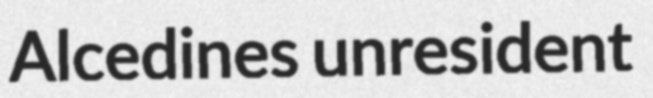
Alcedines unresident